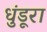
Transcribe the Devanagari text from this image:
धुंडूरा